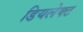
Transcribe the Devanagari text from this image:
डियलेक्ट